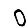
Digit: 0